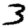
Digit: 3